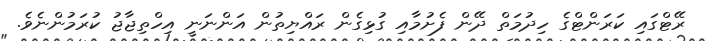
ރޭޓްގައި ކަރަންޓްގެ ހިދުމަތް ދޭން ފެށުމާއި ގުޅިގެން ރައްޔިތުން އަންނަނީ އިހްތިޖާޖު ކުރަމުންނެވެ.